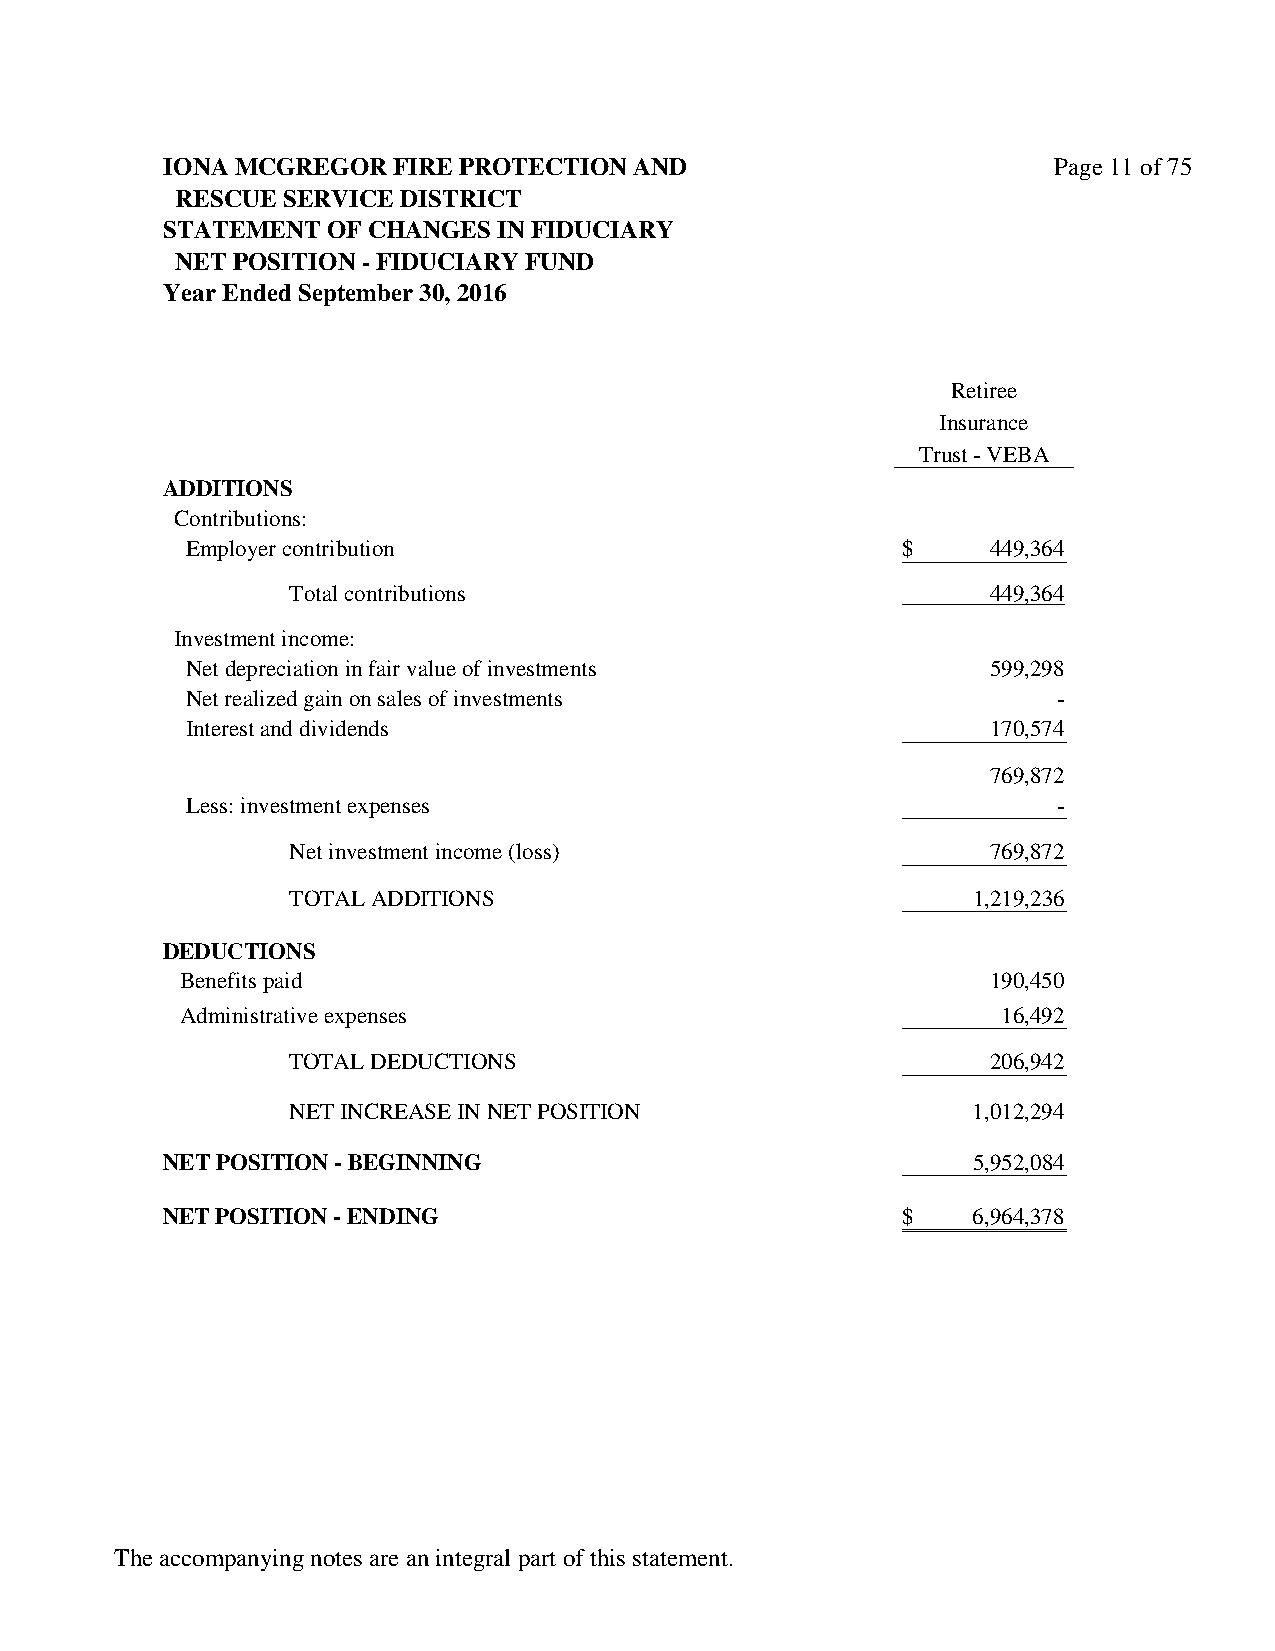
IONA MCGREGOR  FIRE PROTECTION AND                         Page 11 of 75
 RESCUE SERVICE DISTRICT
 STATEMENT  OF CHANGES IN FIDUCIARY
 NET POSITION - FIDUCIARY FUND
 Year Ended September 30, 2016
 Retiree
 Insurance
 Trust - VEBA
 ADDITIONS
 Contributions:
 Employer contribution                           $     449,364
 Total contributions                            449,364
 Investment income:
 Net depreciation in fair value of investments         599,298
 Net realized gain on sales of investments                 -
 Interest and dividends                                170,574
 769,872
 Less: investment expenses                                 -
 Net investment income (loss)                   769,872
 TOTAL ADDITIONS                              1,219,236
 DEDUCTIONS
 Benefits paid                                         190,450
 Administrative expenses                               16,492
 TOTAL DEDUCTIONS                               206,942
 NET INCREASE IN NET POSITION                 1,012,294
 NET POSITION - BEGINNING                             5,952,084
 NET POSITION - ENDING                            $   6,964,378
 The accompanying notes are an integral part of this statement.